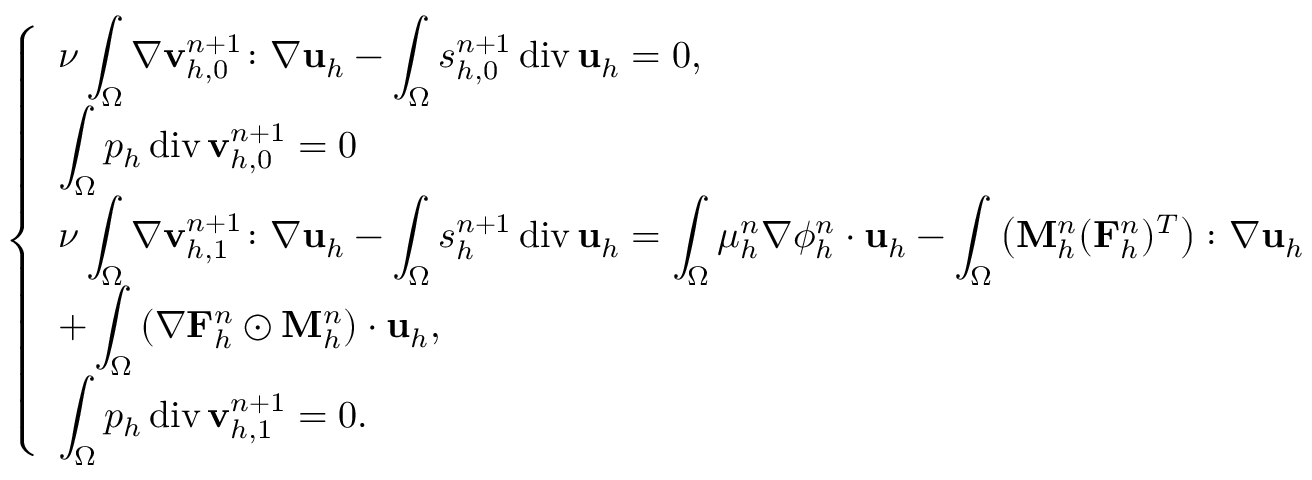
\left\{ \begin{array} { l l } { \displaystyle \nu \int _ { \Omega } \nabla \mathbf { v } _ { h , 0 } ^ { n + 1 } \colon \nabla \mathbf { u } _ { h } - \int _ { \Omega } s _ { h , 0 } ^ { n + 1 } \ensuremath { \operatorname { d i v } } \mathbf { u } _ { h } = 0 , } \\ { \displaystyle \int _ { \Omega } p _ { h } \ensuremath { \operatorname { d i v } } \mathbf { v } _ { h , 0 } ^ { n + 1 } = 0 } \\ { \displaystyle \nu \int _ { \Omega } \nabla \mathbf { v } _ { h , 1 } ^ { n + 1 } \colon \nabla \mathbf { u } _ { h } - \int _ { \Omega } s _ { h } ^ { n + 1 } \ensuremath { \operatorname { d i v } } \mathbf { u } _ { h } = \int _ { \Omega } \mu _ { h } ^ { n } \nabla \phi _ { h } ^ { n } \cdot \mathbf { u } _ { h } - \int _ { \Omega } \left( \mathbf { M } _ { h } ^ { n } ( \mathbf { F } _ { h } ^ { n } ) ^ { T } \right) \colon \nabla \mathbf { u } _ { h } } \\ { \displaystyle + \int _ { \Omega } \left( \nabla \mathbf { F } _ { h } ^ { n } \odot \mathbf { M } _ { h } ^ { n } \right) \cdot \mathbf { u } _ { h } , } \\ { \displaystyle \int _ { \Omega } p _ { h } \ensuremath { \operatorname { d i v } } \mathbf { v } _ { h , 1 } ^ { n + 1 } = 0 . } \end{array} \right.